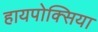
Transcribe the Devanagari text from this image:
हायपोक्सिया